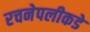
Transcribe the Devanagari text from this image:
रचनेपलीकडे